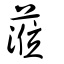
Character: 蒞